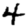
Digit: 4